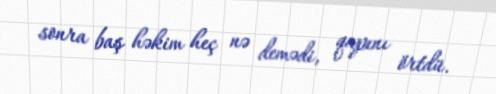
sonra baş həkim heç nə demədi, qapını örtdü.